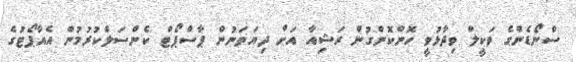
ސްނޯޑެންގެ ވަކީލް ވިދާޅުވީ ހޮންކޮންގުން ރަޝިއާ އަށް ދިޔަތަނުން ޕާސްޕޯޓް ކެންސަލްކުރުމުން އެއާޕޯޓުގެ